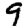
Digit: 9